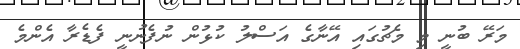
މަރޭ ބުނީ މި މެޗުގައި އޭނާގެ އަސްލު ކުޅުން ނުފެނުނީ ފެޑެރާ އެންމެ